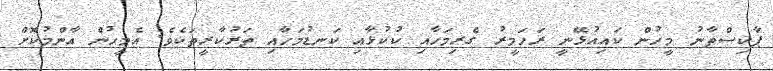
ޕާކިސްތާނު މީހުން ކައިއުޅޭނީ ރަހަމީރު ގެރިމަހާއި ކުކުޅާއި ކަނޑުމަހާއި ތަރުކާރީތަކެވެ. އެމީހުން އާންމުކޮށް